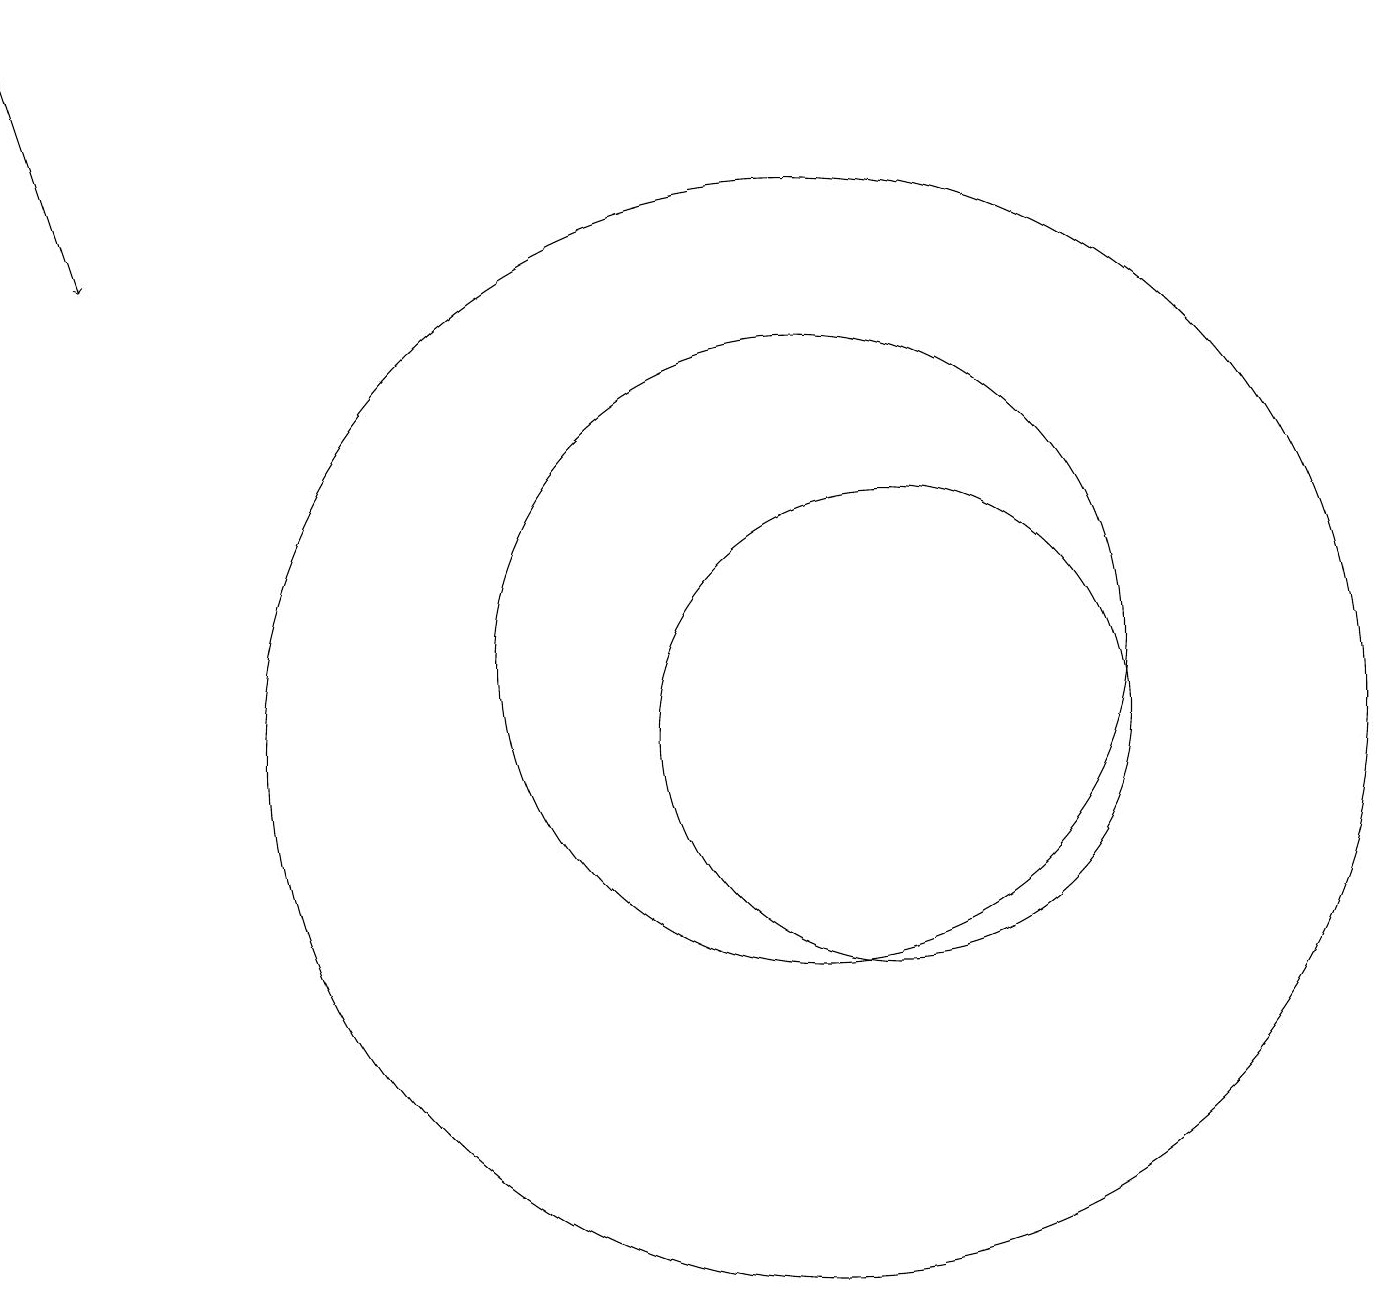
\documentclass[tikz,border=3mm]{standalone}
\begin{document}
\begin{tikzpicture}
\draw (10,11) circle (4);
\draw (11,10) circle (3);
\draw[->] (0,19) -- (1,16);
\draw (10,10) circle (7);
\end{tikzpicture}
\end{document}